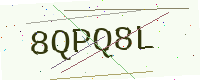
Text: 8QPQ8L